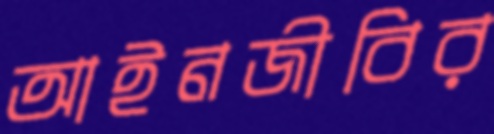
আইনজীবির